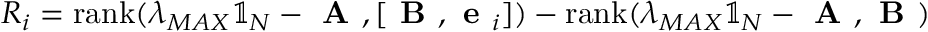
R _ { i } = \mathrm { r a n k } ( \lambda _ { M A X } \mathbb { 1 } _ { N } - \textbf { A } , [ \textbf { B } , \textbf { e } _ { i } ] ) - \mathrm { r a n k } ( \lambda _ { M A X } \mathbb { 1 } _ { N } - \textbf { A } , \textbf { B } )